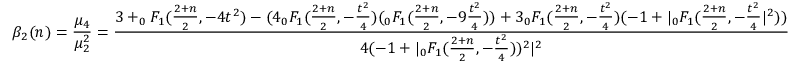
\beta _ { 2 } ( n ) = { \frac { \mu _ { 4 } } { \mu _ { 2 } ^ { 2 } } } = { \frac { 3 + _ { 0 } F _ { 1 } ( { \frac { 2 + n } { 2 } } , - 4 t ^ { 2 } ) - ( 4 _ { 0 } F _ { 1 } ( { \frac { 2 + n } { 2 } } , - { \frac { t ^ { 2 } } { 4 } } ) ( _ { 0 } F _ { 1 } ( { \frac { 2 + n } { 2 } } , - 9 { \frac { t ^ { 2 } } { 4 } } ) ) + 3 _ { 0 } F _ { 1 } ( { \frac { 2 + n } { 2 } } , - { \frac { t ^ { 2 } } { 4 } } ) ( - 1 + | _ { 0 } F _ { 1 } ( { \frac { 2 + n } { 2 } } , - { \frac { t ^ { 2 } } { 4 } } | ^ { 2 } ) ) } { 4 ( - 1 + | _ { 0 } F _ { 1 } ( { \frac { 2 + n } { 2 } } , - { \frac { t ^ { 2 } } { 4 } } ) ) ^ { 2 } | ^ { 2 } } }